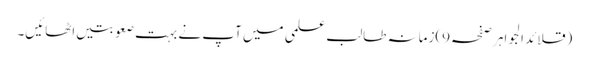
(قلائد الجواہر صفحہ9)زمانہ طالب علمی میں آپ نے بہت صعوبتیں اٹھائیں۔